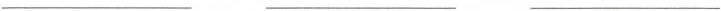
___ ___ ___